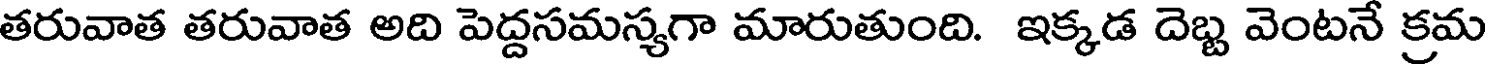
తరువాత తరువాత అది పెద్దసమస్యగా మారుతుంది. ఇక్కడ దెబ్బ వెంటనే క్రమ